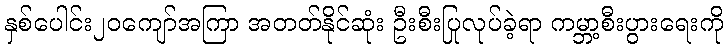
နှစ်ပေါင်း၂၀ကျော်အကြာ အတတ်နိုင်ဆုံး ဦးစီးပြုလုပ်ခဲ့ရာ ကမ္ဘာ့စီးပွားရေးကို